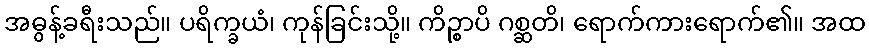
အဓွန့်ခရီးသည်။ ပရိက္ခယံ၊ ကုန်ခြင်းသို့။ ကိဉ္စာပိ ဂစ္ဆတိ၊ ရောက်ကားရောက်၏။ အထ